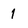
Character: 1